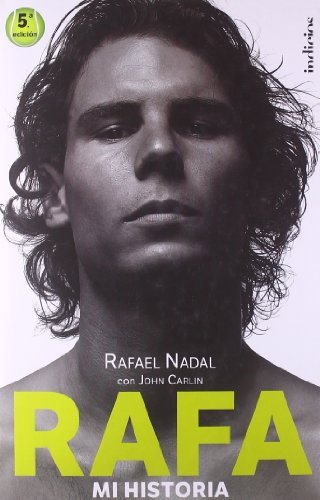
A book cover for Rafa, mi historia (Spanish Edition); John Carlin; Sports & Outdoors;